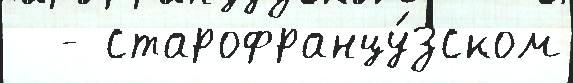
  - старофранцу́зском